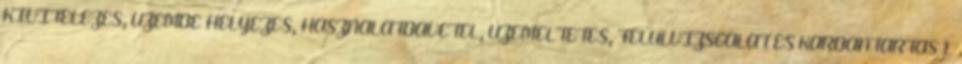
KIVITELEZÉS, ÜZEMBE HELYEZÉS, HASZNÁLATBAVÉTEL, ÜZEMELTETÉS, FELÜLVIZSGÁLAT ÉS KARBANTARTÁS 1.